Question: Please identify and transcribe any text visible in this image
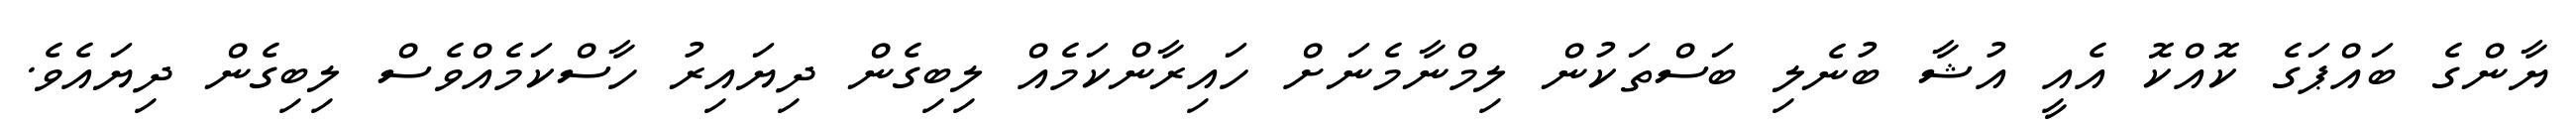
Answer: ޔާންގެ ބައްޕަގެ ކޮއްކޮ އެއީ އުޝާ ބުނެލި ބަސްތަކުން ލިމްނާމެނަށް ހައިރާންކަމެއް ލިބިގެން ދިޔައިރު ހާސްކަމެއްވެސް ލިބިގެން ދިޔައެވެ.